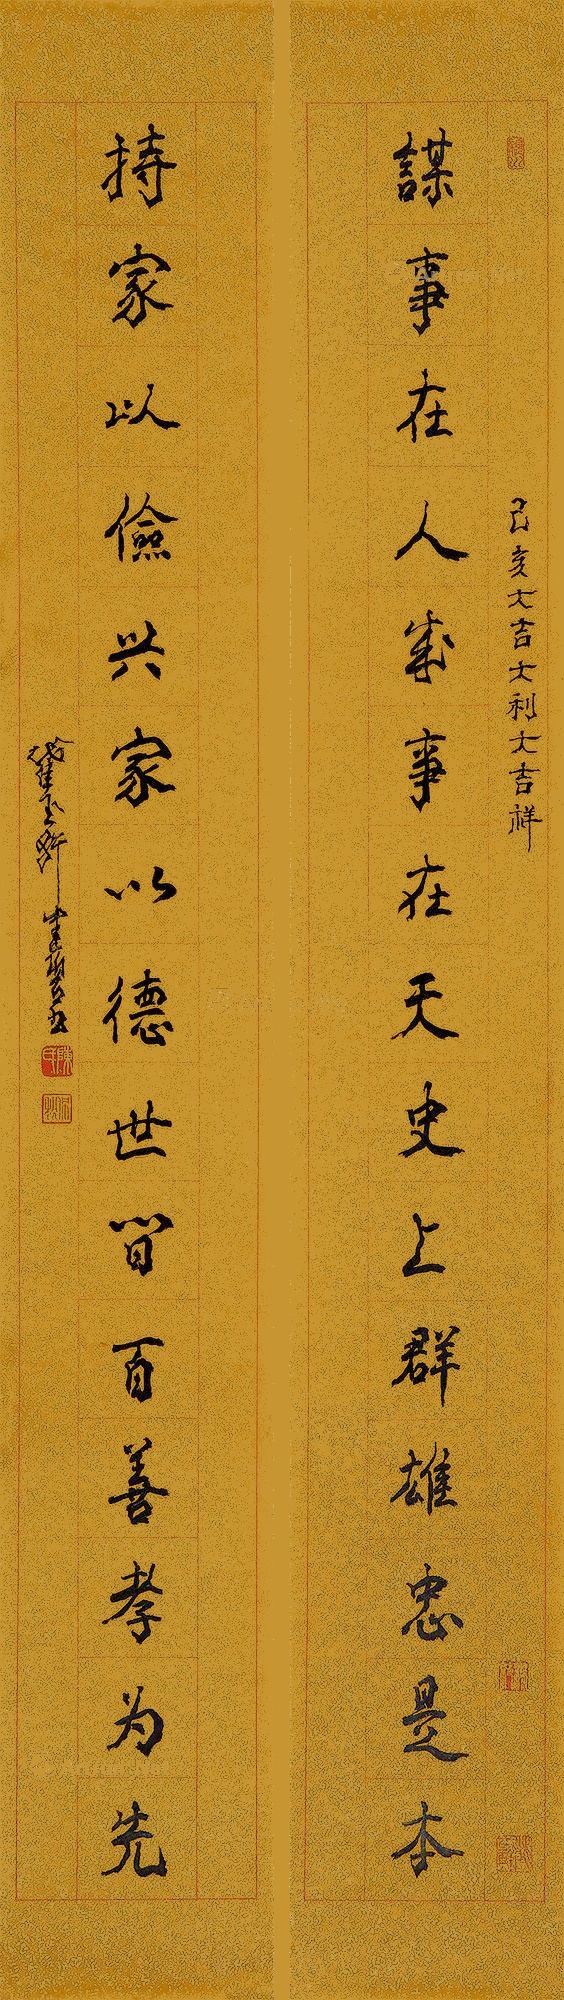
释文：谋事在人成事在天，史上群雄忠是本。持家以俭兴家以德，世间百善孝为先。己亥大吉大利大吉祥。截玉轩健碧。